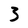
Character: 3